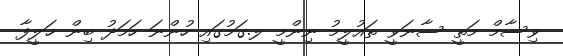
ވިސާމް މަތީ ސާނަވީ ތައުލީމު ނިންމީ ލ.ގަމުގައި ހުންނަ ހަމަދު ބިން ޚަލީފާ